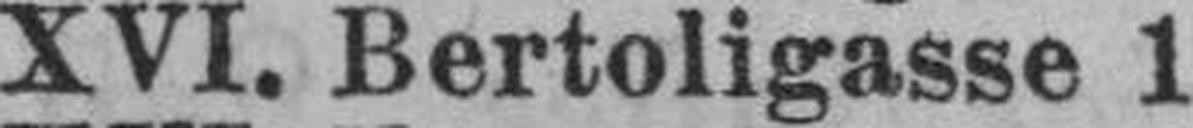
XVI. Bertoligasse 1